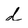
Character: d